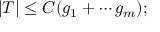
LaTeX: | T | \leq C ( g _ { 1 } + \cdots g _ { m } ) ;